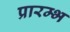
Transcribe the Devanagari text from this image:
प्रारम्भ